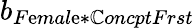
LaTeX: b_{F\mathrm{e}mal\mathrm{e}*\mathbb{C}oncptFrst}